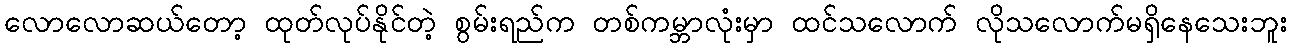
လောလောဆယ်တော့ ထုတ်လုပ်နိုင်တဲ့ စွမ်းရည်က တစ်ကမ္ဘာလုံးမှာ ထင်သလောက် လိုသလောက်မရှိနေသေးဘူး